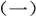
(一)